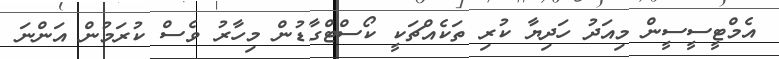
އެމްޓީސީސީން މިއަދު ހަދިޔާ ކުރި ތަކެއްޗަކީ ކޯސްޓްގާޑުން މިހާރު ވެސް ކުރަމުން އަންނަ